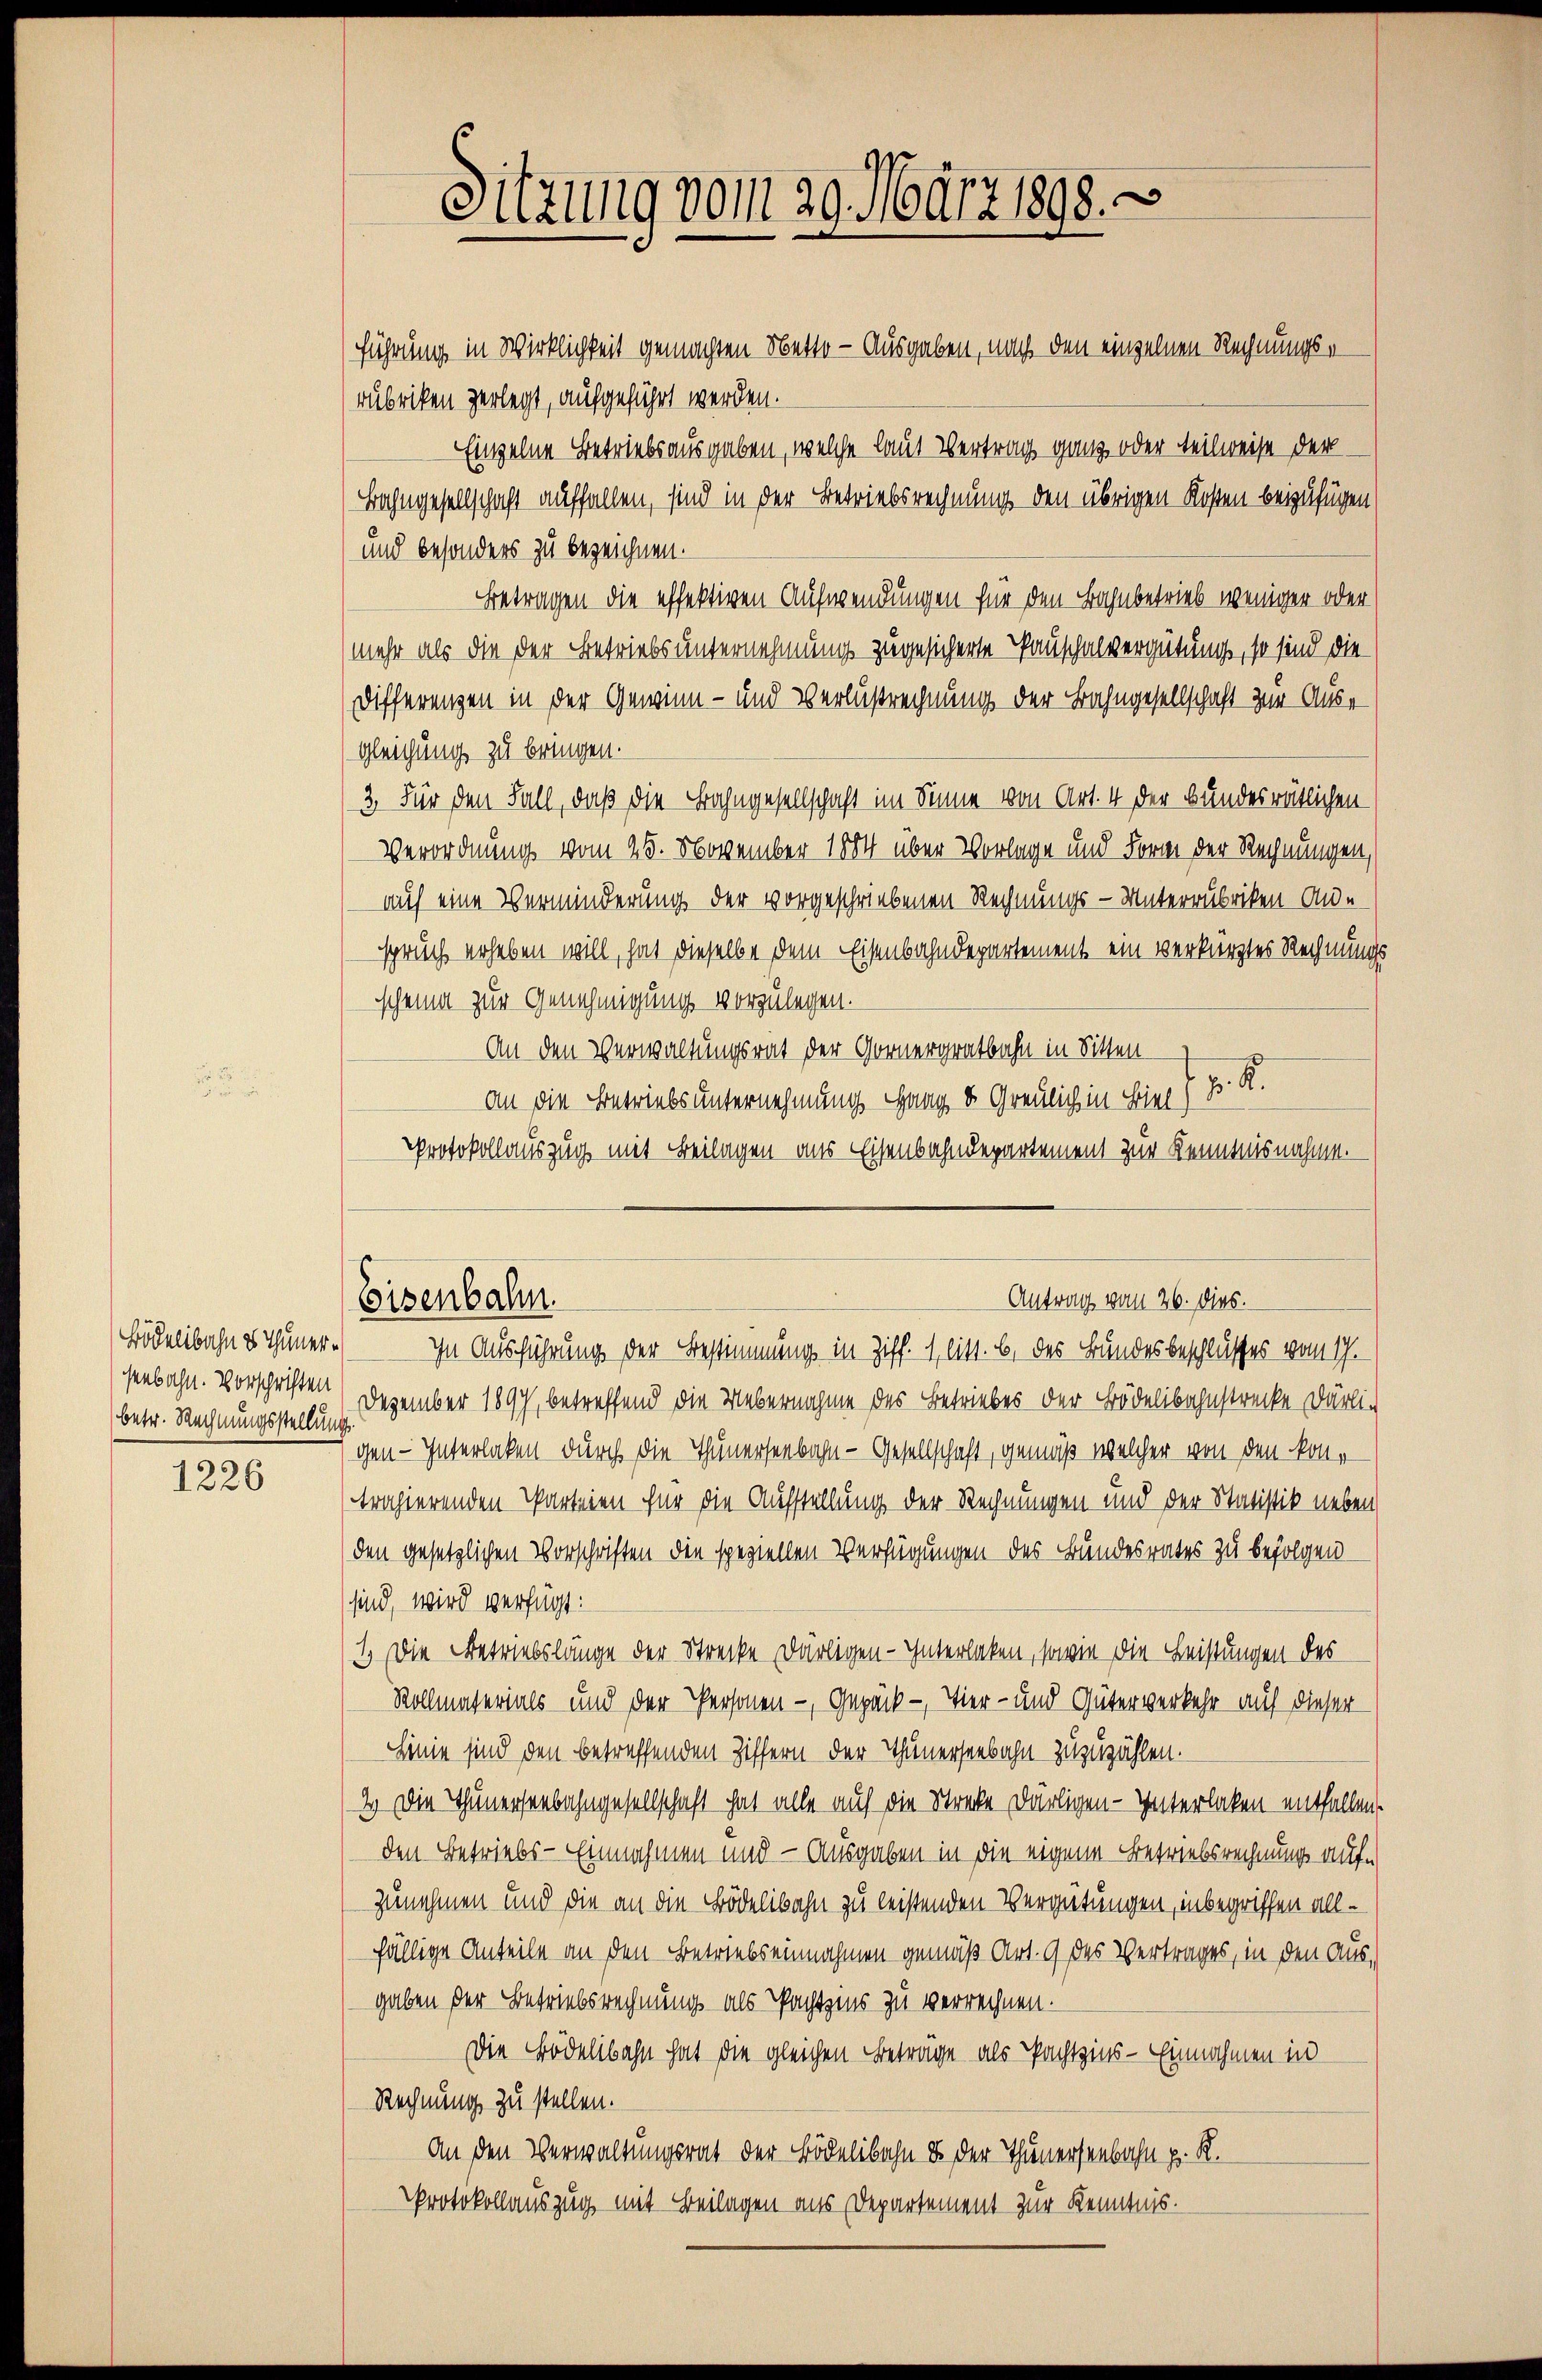
Bödelibahn es Thunerbetr. Rechnungsstellung
1226

führung in Wirklichkeit gemachten Netto- Ausgaben, nach den einzelnen Rechnungs-
rubriken zerlegt, aufgeführt werden.
Einzelne Betriebsausgaben, welche laut Vertrag ganz oder teilweise der
Bahngesellschaft auffallen, sind in der Betriebsrechnung den übrigen Kosten beizufügen
und besonders zu bezeichnen.
Betragen die effektiven Aufwendungen für den Bahnbetrieb weniger oder
(mehr als die der Betriebs unternehmung zugesicherte Tauschalvergütung, so sind die
Differenzen in der Gewinn- und Verlustrechnung der Bahngesellschaft zur Ausgleichung zu bringen.
3. Für den Fall, daß die Bahngesellschaft im Sinne von Art. 4 der Bundesrätlichen
Verordnung vom 25. November 1884 über Vorlage und Form der Rechnungen,
auf eine Verminderung der vorgeschriebenen Rechnungs-Unterrubriken-Ande
spruch erheben will, hat dieselbe dem Eisenbahndepartement ein verkürztes Rechnungs
scheine zur Genehmigung vorzulegen.
An den Verwaltungsrat der Gornergratbahn in Sitten
an die Betriebs unternehmung Gang, d. Greulich in Bier J. R.
Protokollauszug mit Beilagen aus Eisenbahndepartement zur Kenntnisnahme.

Sitzung vom 29. März 1898.

In Ausführung der Bestimmung in Ziff. 1, litt. b. des Bundesbeschlusses vom 17.
senbahn. Vorschriften Dezember 1897, betreffend die Uebernahme des Betriebes der Bödelibahnstrecke därli-
gen — Interlaken durch die Thunerseebahn - Gesellschaft, gemäß welcher von den kontrahierenden Parteien für die Aufstellung der Rechnungen und der Statistik neben
den gesetzlichen Vorschriften den speziellen Verfügungen des Bundesrates zu befolgen
sind, wird verfügt:
1.) Die Betriebslänge der Strecke därligen-Interlaken, sowie die Leistungen des
Kollmaterials und der Personen - Gepäck - Tier- und Güterverkehr auf dieser
Hinie sind den betreffenden Ziffern der Thunerseebahn zuzuzählen.
2.) Die Thunerseebahngesellschaft hat alle auf die Streke därligen - Interlaken entfallen.
den Betriebs - Einnahmen und — Ausgaben in die eigene Betriebsrechnung aufzunehmen und die an die Bödelibahn zu leistenden Vergütungen, inbegriffen allfällige Anteile an den Betriebseinnahmen gemäß Art. 9 des Vertrages, in den Ausgaben der Betriebsrechnung als Pachtzins zu verrechnen.
Die Bödelibahn hat die gleichen Beträge als Pachtzins-Einnahmen in
Rechnung zu stellen.
An den Verwaltungsrat der Bödelibahn & der Thunersenbahn p. K.
Protokollauszug mit Beilagen aus Departement zur Kenntnis.

Antrag vom 26. dies.
Eisenbahn.